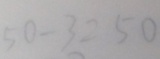
5 3 - 3 = 5 0